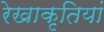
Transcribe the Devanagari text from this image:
रेखाकृतियां